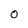
Character: O